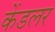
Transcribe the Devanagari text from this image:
केंडलर